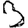
Digit: 3